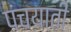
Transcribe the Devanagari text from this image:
पंचयाती